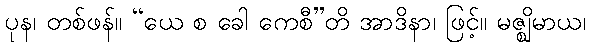
ပုန၊ တစ်ဖန်။ “ယေ စ ခေါ ကေစီ”တိ အာဒိနာ၊ ဖြင့်။ မဇ္ဈိမာယ၊